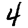
Digit: 4